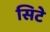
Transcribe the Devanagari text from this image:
सिटे